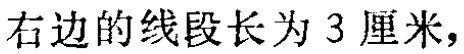
右边的线段长为 3 厘米，